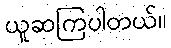
ယူဆကြပါတယ်။